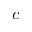
c